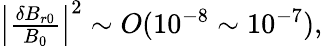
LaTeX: \begin{array}{r}{\left\lvert\frac{\delta B_{r0}}{B_{0}}\right\rvert^{2}\sim O(10^{-8}\sim 10^{-7}),}\end{array}